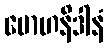
မောဟနိဒါနံ